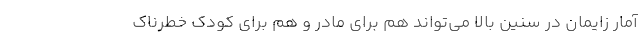
آمار زایمان در سنین بالا می‌تواند هم برای مادر و هم برای کودک خطرناک